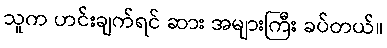
သူက ဟင်းချက်ရင် ဆား အများကြီး ခပ်တယ်။